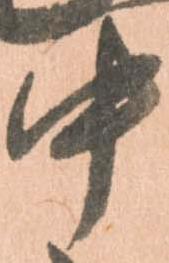
中